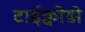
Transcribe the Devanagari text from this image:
टाईक्वोंड़ो